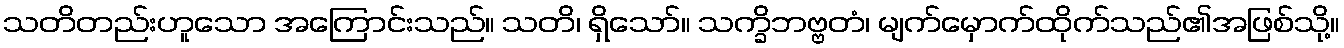
သတိတည်းဟူသော အကြောင်းသည်။ သတိ၊ ရှိသော်။ သက္ခိဘဗ္ဗတံ၊ မျက်မှောက်ထိုက်သည်၏အဖြစ်သို့။